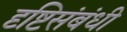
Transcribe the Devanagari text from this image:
दृष्टिसंबंधी